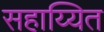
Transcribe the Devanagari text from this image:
सहाय्यित